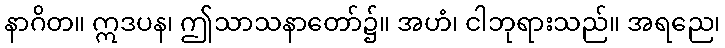
နာဂိတ။ ဣဒပန၊ ဤသာသနာတော်၌။ အဟံ၊ ငါဘုရားသည်။ အရညေ၊